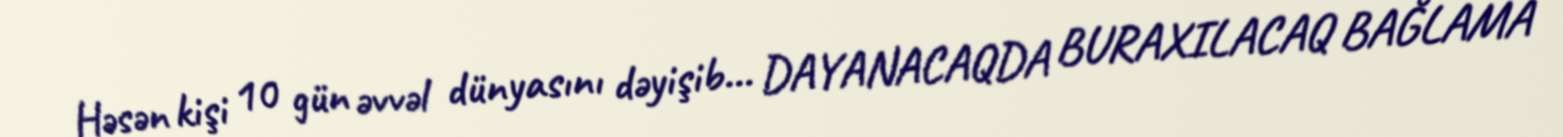
Həsən kişi 10 gün əvvəl dünyasını dəyişib... DAYANACAQDA BURAXILACAQ BAĞLAMA